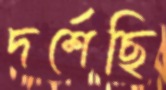
দর্শেছি